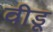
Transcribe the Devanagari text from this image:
वीडू